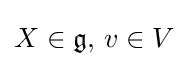
X\in {\mathfrak {g}},\,v\in V